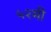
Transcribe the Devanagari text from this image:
५२मी